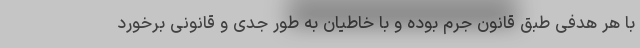
با هر هدفی طبق قانون جرم بوده و با خاطیان به طور جدی و قانونی برخورد